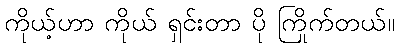
ကိုယ့်ဟာ ကိုယ် ရှင်းတာ ပို ကြိုက်တယ်။